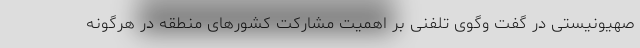
صهیونیستی در گفت وگوی تلفنی بر اهمیت مشارکت کشورهای منطقه در هرگونه